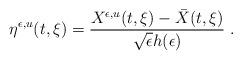
LaTeX: \begin{align*} \eta^{\epsilon,u}(t,\xi)=\frac{X^{\epsilon,u}(t,\xi)-\bar{X}(t,\xi)}{\sqrt{\epsilon}h(\epsilon)}\;. \end{align*}